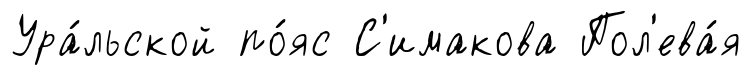
Ура́льской по́яс С'имакова Пол'ева́я